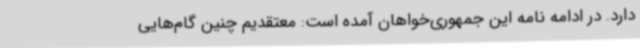
دارد. در ادامه نامه این جمهوری‌خواهان آمده است: معتقدیم چنین گام‌هایی